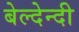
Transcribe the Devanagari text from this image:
बेल्देन्दी